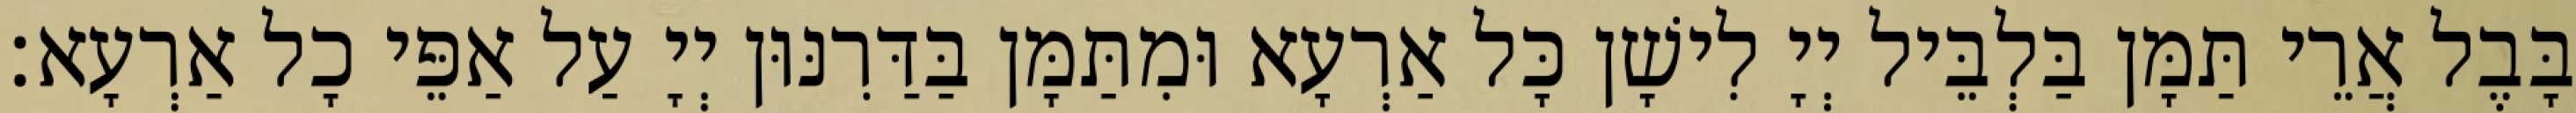
בָּבֶל אֲרֵי תַּמָּן בַּלְבֵּיל יְיָ לִישָׁן כָּל אַרְעָא וּמִתַּמָּן בַּדַּרִנּוּן יְיָ עַל אַפֵּי כָל אַרְעָא׃